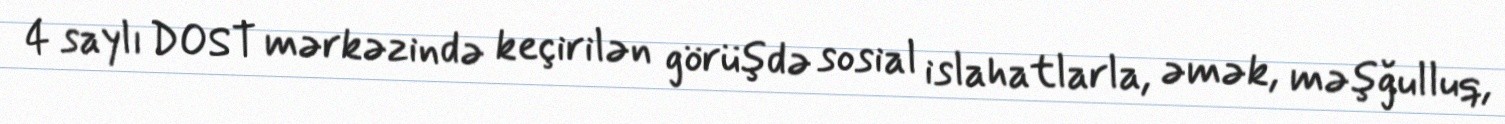
4 saylı DOST mərkəzində keçirilən görüşdə sosial islahatlarla, əmək, məşğulluq,